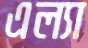
এল্যা